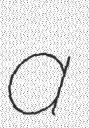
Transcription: a